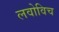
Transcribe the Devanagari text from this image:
लवोविच